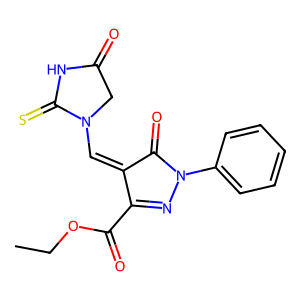
SMILES: CCOC(=O)C1=NN(c2ccccc2)C(=O)C1=CN1CC(=O)NC1=S
Inhibits HIV replication: No